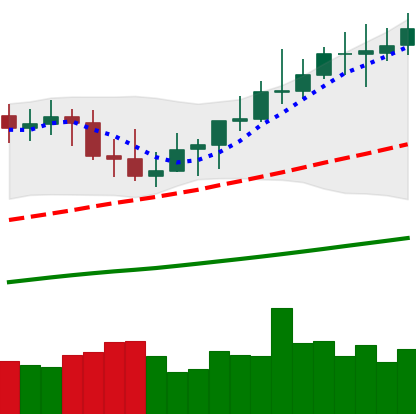
Ticker: XMR-USD
Chart end date: 2021-04-06
Forward return: 20.762%
Label: up_7plus